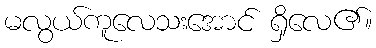
မလွယ်ကူလေသးအောင် ရှိလေ၏။